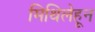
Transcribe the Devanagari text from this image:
मिथिलेहून